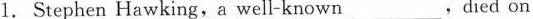
1.Stephen Hawking,a well-known___,died on